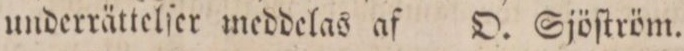
underrättelſer meddelas af    O Sjöſtröm.